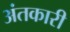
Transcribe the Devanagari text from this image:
अंतकारी